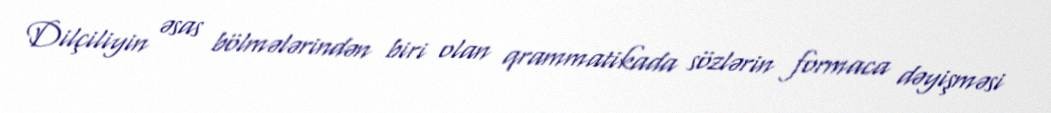
Dilçiliyin əsas bölmələrindən biri olan qrammatikada sözlərin formaca dəyişməsi